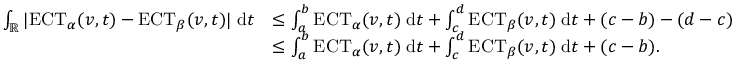
\begin{array} { r l } { \int _ { \mathbb { R } } | \mathrm { E C T } _ { \alpha } ( v , t ) - \mathrm { E C T } _ { \beta } ( v , t ) | \; \mathrm { d } t } & { \leq \int _ { a } ^ { b } \mathrm { E C T } _ { \alpha } ( v , t ) \; \mathrm { d } t + \int _ { c } ^ { d } \mathrm { E C T } _ { \beta } ( v , t ) \; \mathrm { d } t + ( c - b ) - ( d - c ) } \\ & { \leq \int _ { a } ^ { b } \mathrm { E C T } _ { \alpha } ( v , t ) \; \mathrm { d } t + \int _ { c } ^ { d } \mathrm { E C T } _ { \beta } ( v , t ) \; \mathrm { d } t + ( c - b ) . } \end{array}